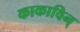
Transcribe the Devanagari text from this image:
काकाविन्